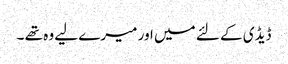
ڈیڈی کے لئے میں اور میرے لیے وہ تھے ۔